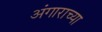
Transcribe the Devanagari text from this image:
अंगाराच्या